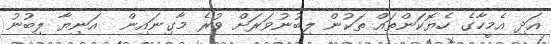
އަދި އެމީހާގެ ހެޔޮކަންތައް ތަކުން ލިބުނުވަރަށް ވުރެ މާގިނައިން  އަނިޔާ ލިބުނު